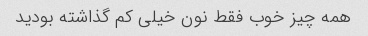
همه چیز خوب فقط نون خیلی کم گذاشته بودید